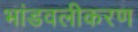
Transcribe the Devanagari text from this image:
भांडवलीकरण